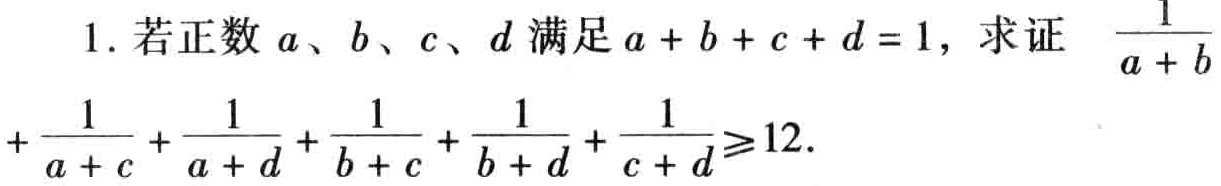
1. 若正数 \(a\)、\(b\)、\(c\)、\(d\) 满足 \(a + b + c + d = 1\)，求证 \(\frac{1}{a + b}+\frac{1}{a + c}+\frac{1}{a + d}+\frac{1}{b + c}+\frac{1}{b + d}+\frac{1}{c + d}\geqslant12\).